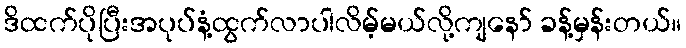
ဒိထက်ပိုပြီးအပုပ်နံ့ထွက်လာပါလိမ့်မယ်လို့ကျနော် ခန့်မှန်းတယ်။